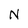
Character: N